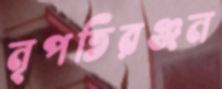
নৃপতিরঞ্জন